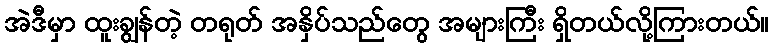
အဲဒီမှာ ထူးချွန်တဲ့ တရုတ် အနှိပ်သည်တွေ အများကြီး ရှိတယ်လို့ကြားတယ်။